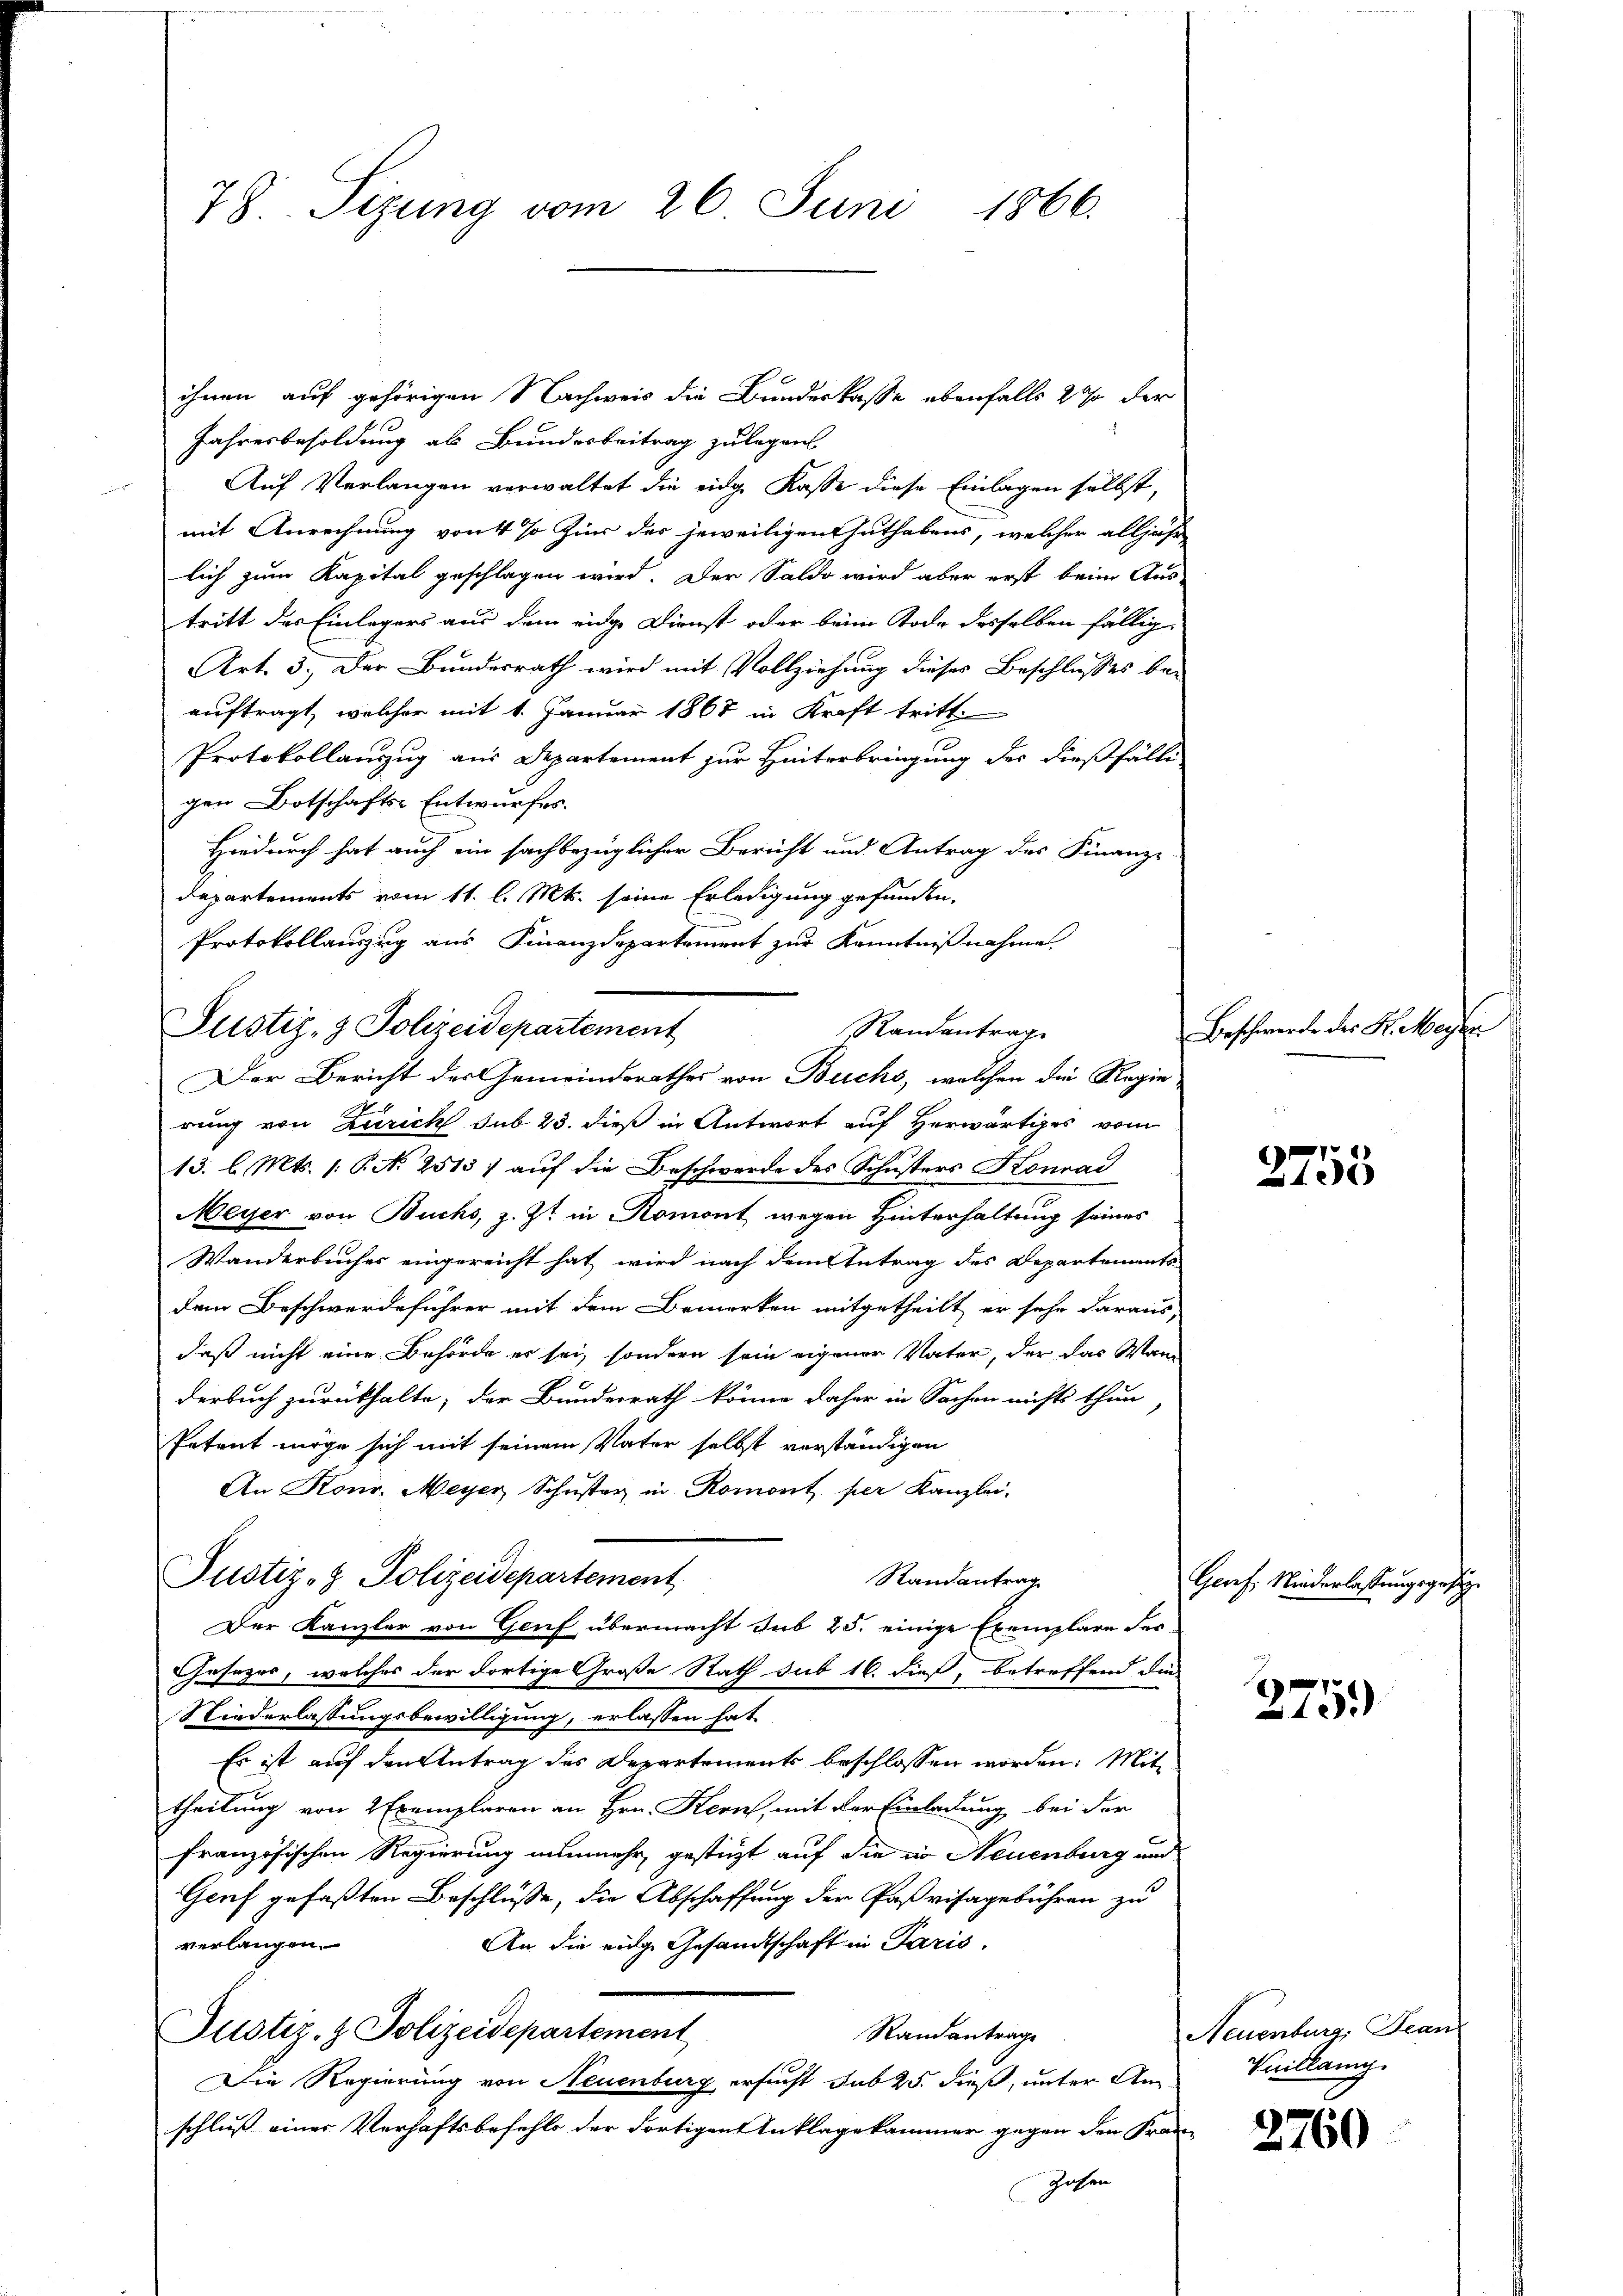
78. Sizung vom 26. Juni 1866.

ihnen auf gehörigen Nachweis die Bundeskasse ebenfalls 20% der
Jahresbesoldung als Bundesbeitrag zulegen
Auf Verlangen verwaltet die eidge Kasse diese Einlagen selbst,
mit Anrechnung von 4 % Zins des jeweiligen Zuthabens, welcher alljähr
lich zum Kapital geschlagen wird. Der Saldo wird aber erst beim Aus-
tritt des Einlegers aus dem eidge Dienst oder beim Tode desselben fällig
Art. 3. Der Bundesrath wird mit Vollziehung dieses Beschlusses bei
auftragt, welcher mit 1. Januar 1867 in Kraft tritt.
Protokollanzug aus Departement zur Hinterbringung des dießfälli
gen Botschafts-Entwurfes.
Hiedurch hat auch ein sachbezüglicher Bericht und Antrag des Finanze
Departements vom 11. l. Mts. seine Erledigung gefunden.
Protokollauszug aus Finanzdepartement zur Kenntnißnahme
Randantrag
rung von Zürich sub 23. dieß in Antwort auf Herwärtiges vom
13. l. Mts. (: P. No 2513) auf die Beschwerde des Schusters Konrad
Meyer von Buchs, z. Zt. in Romont wegen Hinterhaltung seines
Wanderbuches eingereicht hat wird nach dem Antrag des Departements-
dem Beschwerdeführer mit dem Bemerken mitgetheilt, er sehe daraus
daß nicht eine Behörde er sei, sondern sein eigener Vater, der das Wann
derbuch zurückhalte, der Bunderrath könne daher in Sachen nichts thun
Petent möge sich mit seinem Vater selbst verständigen
An Konr. Meyer Schŭster in Romont per Kanzlei-
Justiz- & Polizeidepartement
Randantrag
Der Kanzler von Genf übermacht sub 25. einige Exemplare der
Gesezes, welches der dortige Große Rath sub 16. dieß, betreffend die
Niederlassungsbewilligung, erlassen hat
Es ist auf den Antrag des Departements beschlossen worden: Mit
theilung von 2 Exemplaren an Hrn. Kern, mit der Einladung bei der
französischen Regierung nunmehr gestützt auf die in Neuenburg und
Genf gefaßten Beschlüsse, die Abschaffung der Paßvisagebühren zu
verlangen.
An die eidge Gesandtschaft in Paris.
Randantrage
Justiz- & Polizeidepartement
Die Regierung von Neuenburg ersucht, sub 25. dieß, unter Anschluß einer Verhaftsbefehls der Fortigen Inklagekammer gegen den Fran-
Zahen

Justiz- & Polizeidepartement

Der Bericht des Gemeindsrathes von Buchs, welchen die Regie

Beschwerde des St. Meyer

2755

Grof. Niederlassungsgesetze

2759)

Neuenburg, Jean
Vuillang

2760